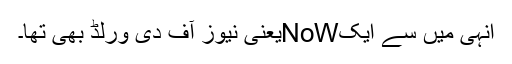
انہی میں سے ایکNoWیعنی نیوز آف دی ورلڈ بھی تھا۔